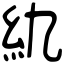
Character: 䊵